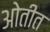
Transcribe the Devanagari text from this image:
ओतीत